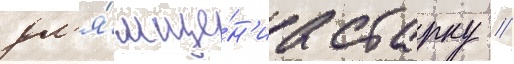
дл'я́ мще́н'иа старку //